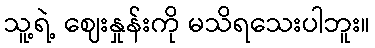
သူ့ရဲ့ ဈေးနှုန်းကို မသိရသေးပါဘူး။